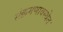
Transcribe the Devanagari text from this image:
संक्रमणावस्थेत